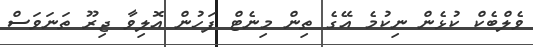
ވެލްބެކް ކުޅެން ނިކުމެ އޭގެ ތިން މިނެޓް ފަހުން އޮލިވާ ޖިރޫ ތަނަވަސް